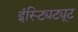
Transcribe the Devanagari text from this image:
इंस्ट्यिट्यूट